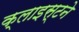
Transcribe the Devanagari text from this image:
क्लाइस्टने